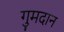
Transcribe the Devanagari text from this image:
गुमदान